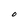
Character: O